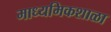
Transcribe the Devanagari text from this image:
माध्यमिकशाळा